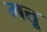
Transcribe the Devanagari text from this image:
मत्तू